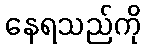
နေရသည်ကို